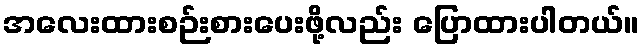
အလေးထားစဉ်းစားပေးဖို့လည်း ပြောထားပါတယ်။